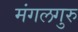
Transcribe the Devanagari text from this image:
मंगलगुरु